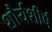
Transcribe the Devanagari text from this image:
शौर्यशीर्ष